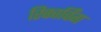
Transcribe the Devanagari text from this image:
रिकार्विंग